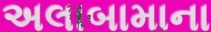
અલાબામાના